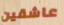
عاشقين